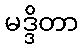
မဒ္ဒိတာ